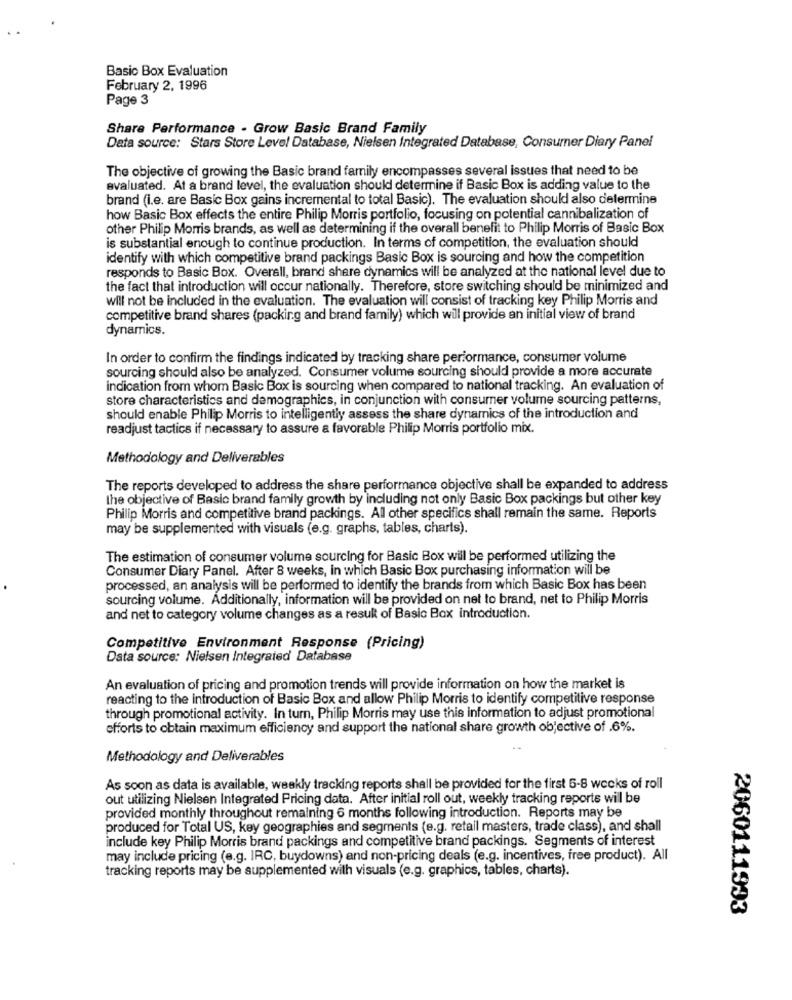
Basic Box Evaluation
February 2, 1996
Page 3
Share Performance - Grow Basic Brand Family
Data source: Stars Store Level Database, Nielsen Integrated Database, Consumer Diary Panel
The objective of growing the Basic brand family encompasses several issues that need to be
evaluated. At a brand level, the evaluation should determine if Basic Box is adding value to the
brand (i.e. are Basic Box gains incremental to total Basic). The evaluation should also determine
how Basic Box effects the entire Philip Morris portfolio, focusing on potential cannibalization of
other Philip Morris brands, as well as determining if the overall benefit to Philip Morris of Basic Box
is substantial enough to continue production. In terms of competition, the evaluation should
identify with which competitive brand packings Basic Box is sourcing and how the competition
responds to Basic Box. Overall, brand share dynamics will be analyzed at the national level due to
the fact that introduction will occur nationally. Therefore, store switching should be minimized and
will not be included in the evaluation. The evaluation will consist of tracking key Philip Morris and
competitive brand shares (packing and brand family) which will provide an initial view of brand
dynamics.
In order to confirm the findings indicated by tracking share performance, consumer volume
sourcing should also be analyzed. Consumer volume sourcing should provide a more accurate
indication from whom Basic Box is sourcing when compared to national tracking. An evaluation of
store characteristics and demographics, in conjunction with consumer volume sourcing patterns,
should enable Philip Morris to intelligently assess the share dynamics of the introduction and
readjust tactics if necessary to assure a favorable Philip Morris portfolio mix.
Methodology and Deliverables
The reports developed to address the share performance objective shall be expanded to address
the objective of Basic brand family growth by including not only Basic Box packings but other key
Philip Morris and competitive brand packings. All other specifics shall remain the same. Reports
may be supplemented with visuals (e.g. graphs, tables, charts).
The estimation of consumer volume sourcing for Basic Box will be performed utilizing the
Consumer Diary Panel. After 8 weeks, in which Basic Box purchasing information will be
processed, an analysis will be performed to identify the brands from which Basic Box has been
sourcing volume. Additionally, information will be provided on net to brand, net to Philip Morris
and net to category volume changes as a result of Basic Box introduction.
Competitive Environment Response (Pricing)
Data source: Nielsen Integrated Database
An evaluation of pricing and promotion trends will provide information on how the market is
reacting to the introduction of Basic Box and allow Philip Morris to identify competitive response
through promotional activity. In turn, Philip Morris may use this information to adjust promotional
efforts to obtain maximum efficiency and support the national share growth objective of .6%.
Methodology and Deliverables
As soon as data is available, weekly tracking reports shall be provided for the first 6-8 weeks of roll
out utilizing Nielsen Integrated Pricing data. After initial roll out, weekly tracking reports wil be
provided monthly throughout remaining 6 months following introduction. Reports may be
produced for Total US, key geographies and segments (e.g. retail masters, trade class), and shall
include key Philip Morris brand packings and competitive brand packings. Segments of interest
may include pricing (e.g. IRC, buydowns) and non-pricing deals (e.g. incentives, free product). All
tracking reports may be supplemented with visuals (e.g. graphics, tables, charts).
2060111993